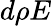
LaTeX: d\rho E